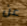
عن